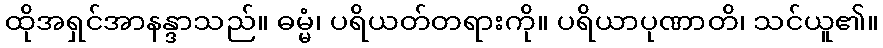
ထိုအရှင်အာနန္ဒာသည်။ ဓမ္မံ၊ ပရိယတ်တရားကို။ ပရိယာပုဏာတိ၊ သင်ယူ၏။